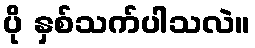
ပို နှစ်သက်ပါသလဲ။